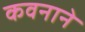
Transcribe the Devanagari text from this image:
कवनाने